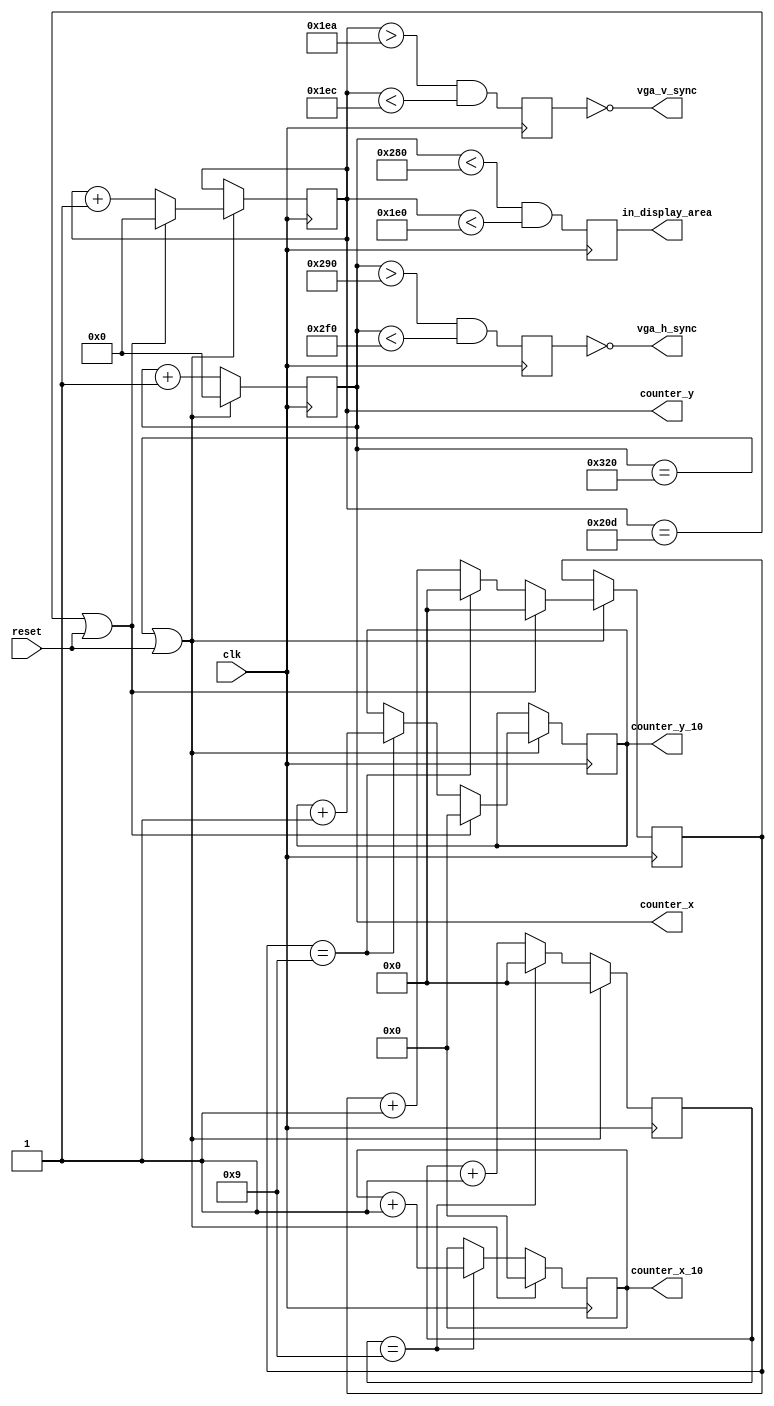
// VGA h/v sync generator for 640x480 @ 60 Hz

module hvsync_generator(
    input clk,
	 input reset,
    output vga_h_sync,
    output vga_v_sync,
    output reg in_display_area,
    output reg [9:0] counter_x,
    output reg [9:0] counter_y,
	 output reg [5:0] counter_x_10, //x counter divided by 10
	 output reg [5:0] counter_y_10 //y counter divided by 10
  );
  
	 //pixel scaling counters
	 reg [3:0] pixel_scaler_x = 0;
	 reg [3:0] pixel_scaler_y = 0;
	 

    //hsync and vsync buffers
    reg vga_HS, vga_VS;

    //640x480 constants
    localparam H_DISPLAY = 640;
    localparam H_LEFT_BORDER = 48;
    localparam H_RIGHT_BORDER = 16;
    localparam H_RETRACE = 96;

    localparam V_DISPLAY = 480;
    localparam V_TOP_BORDER = 10;
    localparam V_BOTTOM_BORDER = 33;
    localparam V_RETRACE = 2;

    wire counter_x_maxed = (counter_x == H_DISPLAY + H_LEFT_BORDER + H_RETRACE + H_RIGHT_BORDER); // 16 + 48 + 96 + 640
    wire counter_y_maxed = (counter_y == V_DISPLAY + V_TOP_BORDER + V_RETRACE + V_BOTTOM_BORDER); // 10 + 2 + 33 + 480

    //x counter
    always @(posedge clk) begin
		 if (counter_x_maxed || reset) begin
			  counter_x <= 0;
			  counter_x_10 <= 0;
			  pixel_scaler_x <= 0;
		 end else begin
			  counter_x <= counter_x + 1;
			  
			  if(pixel_scaler_x == 4'd9) begin //wrap around
					counter_x_10 <= counter_x_10 + 1;
					pixel_scaler_x <= 0;
			  end else
					pixel_scaler_x <= pixel_scaler_x + 1;			  
		end
	 end

    always @(posedge clk) begin
        if (counter_x_maxed || reset)
        begin
			  if(counter_y_maxed || reset)
			  begin
					counter_y <= 0;
					counter_y_10 <= 0;
					pixel_scaler_y <= 0;
			  end else begin
					counter_y <= counter_y + 1;
					
					if(pixel_scaler_y == 4'd9) begin //wrap around
						counter_y_10 <= counter_y_10 + 1;
						pixel_scaler_y <= 0;
					end else
						pixel_scaler_y <= pixel_scaler_y + 1;					
			  end
        end
    end

    always @(posedge clk)
    begin
        vga_HS <= (counter_x > (H_DISPLAY + H_RIGHT_BORDER) && (counter_x < (H_DISPLAY + H_RIGHT_BORDER + H_RETRACE)));   // active for 96 clocks
        vga_VS <= (counter_y > (V_DISPLAY + V_TOP_BORDER) && (counter_y < (V_DISPLAY + V_TOP_BORDER + V_RETRACE)));   // active for 2 clocks
    end

    always @(posedge clk)
    begin
        in_display_area <= (counter_x < H_DISPLAY) && (counter_y < V_DISPLAY);
    end

    // invert the hsync and vsync
    assign vga_h_sync = ~vga_HS;
    assign vga_v_sync = ~vga_VS;

endmodule